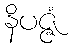
နိပဇ္ဇံ